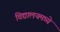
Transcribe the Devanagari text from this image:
विद्यालयमध्ये